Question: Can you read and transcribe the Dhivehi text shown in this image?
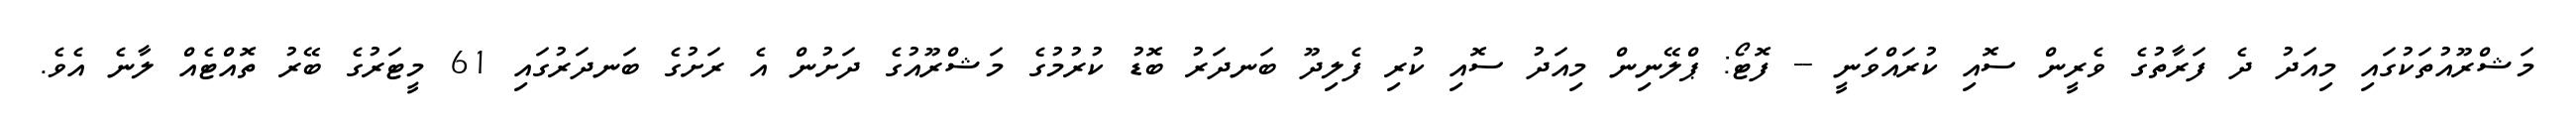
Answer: މަޝްރޫއުތަކުގައި މިއަދު ދެ ފަރާތުގެ ވެރީން ސޮއި ކުރައްވަނީ -- ފޮޓޯ: ޕްލޭނިން މިއަދު ސޮއި ކުރި ފެލިދޫ ބަނދަރު ބޮޑު ކުރުމުގެ މަޝްރޫއުގެ ދަށުން އެ ރަށުގެ ބަނދަރުގައި 61 މީޓަރުގެ ބޭރު ތޮއްޓެއް ލާނެ އެވެ.